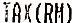
TAX(RM)